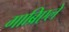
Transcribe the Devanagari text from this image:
गाब्रिएले